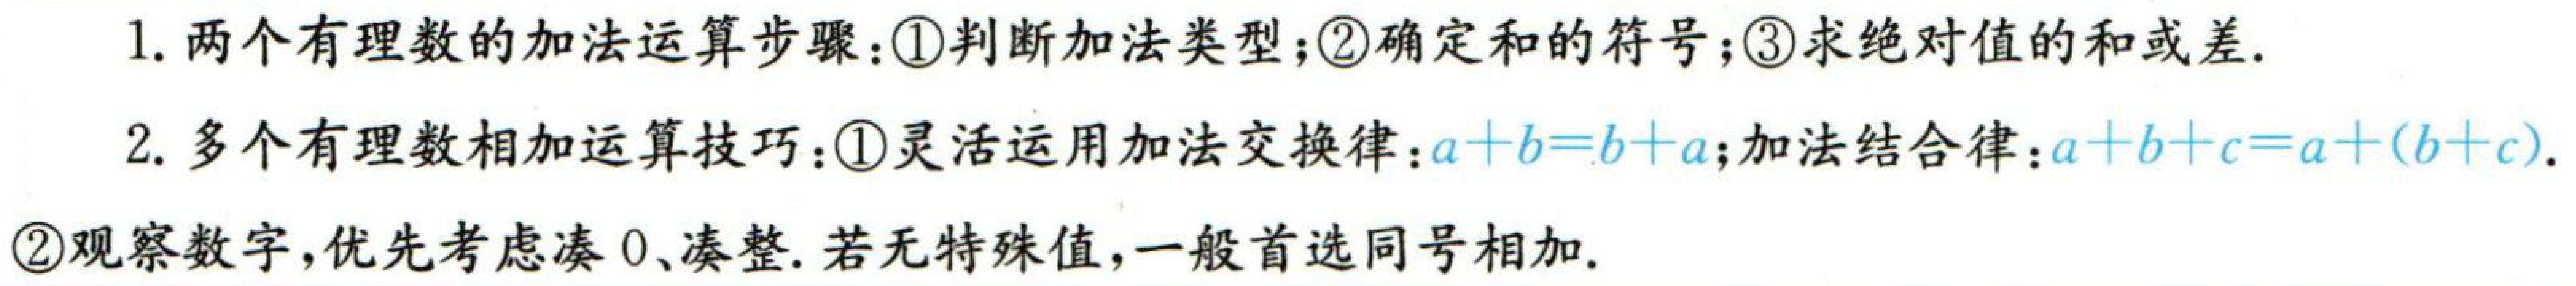
1. 两个有理数的加法运算步骤：\textcircled{1}判断加法类型；\textcircled{2}确定和的符号；\textcircled{3}求绝对值的和或差.
2. 多个有理数相加运算技巧：\textcircled{1}灵活运用加法交换律：\(a + b = b + a\)；加法结合律：\(a + b + c = a+(b + c)\).
\textcircled{2}观察数字，优先考虑凑 \(0\)、凑整. 若无特殊值，一般首选同号相加.